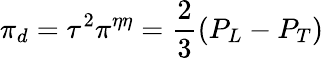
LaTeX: \pi_{d}=\tau^{2}\pi^{\eta\eta}=\frac{2}{3}(P_{L}-P_{T})